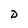
Character: D